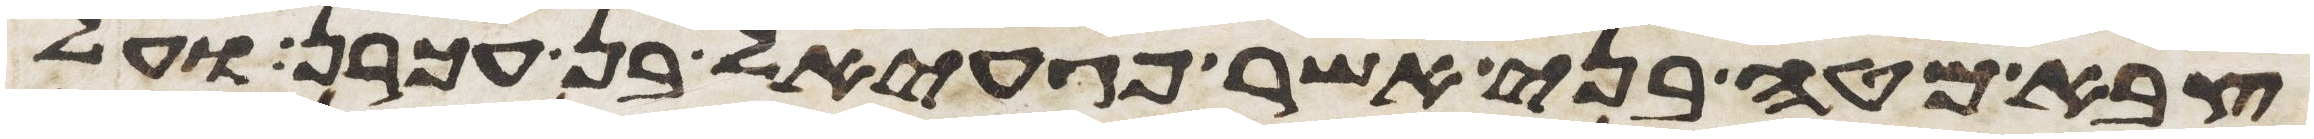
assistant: צבא מטה בני אשר פגעאל בן עכרן ועל